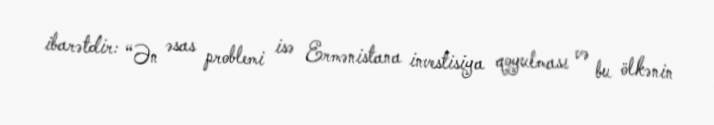
ibarətdir: “Ən əsas problemi isə Ermənistana investisiya qoyulması və bu ölkənin